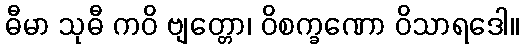
ဓီမာ သုဓီ ကဝိ ဗျတ္တော၊ ဝိစက္ခဏော ဝိသာရဒေါ။